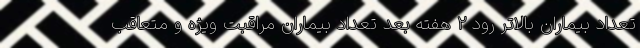
تعداد بیماران بالاتر رود ۲ هفته بعد تعداد بیماران مراقبت ویژه و متعاقب